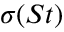
\sigma ( S t )